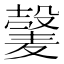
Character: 𫜕